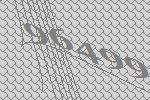
96499